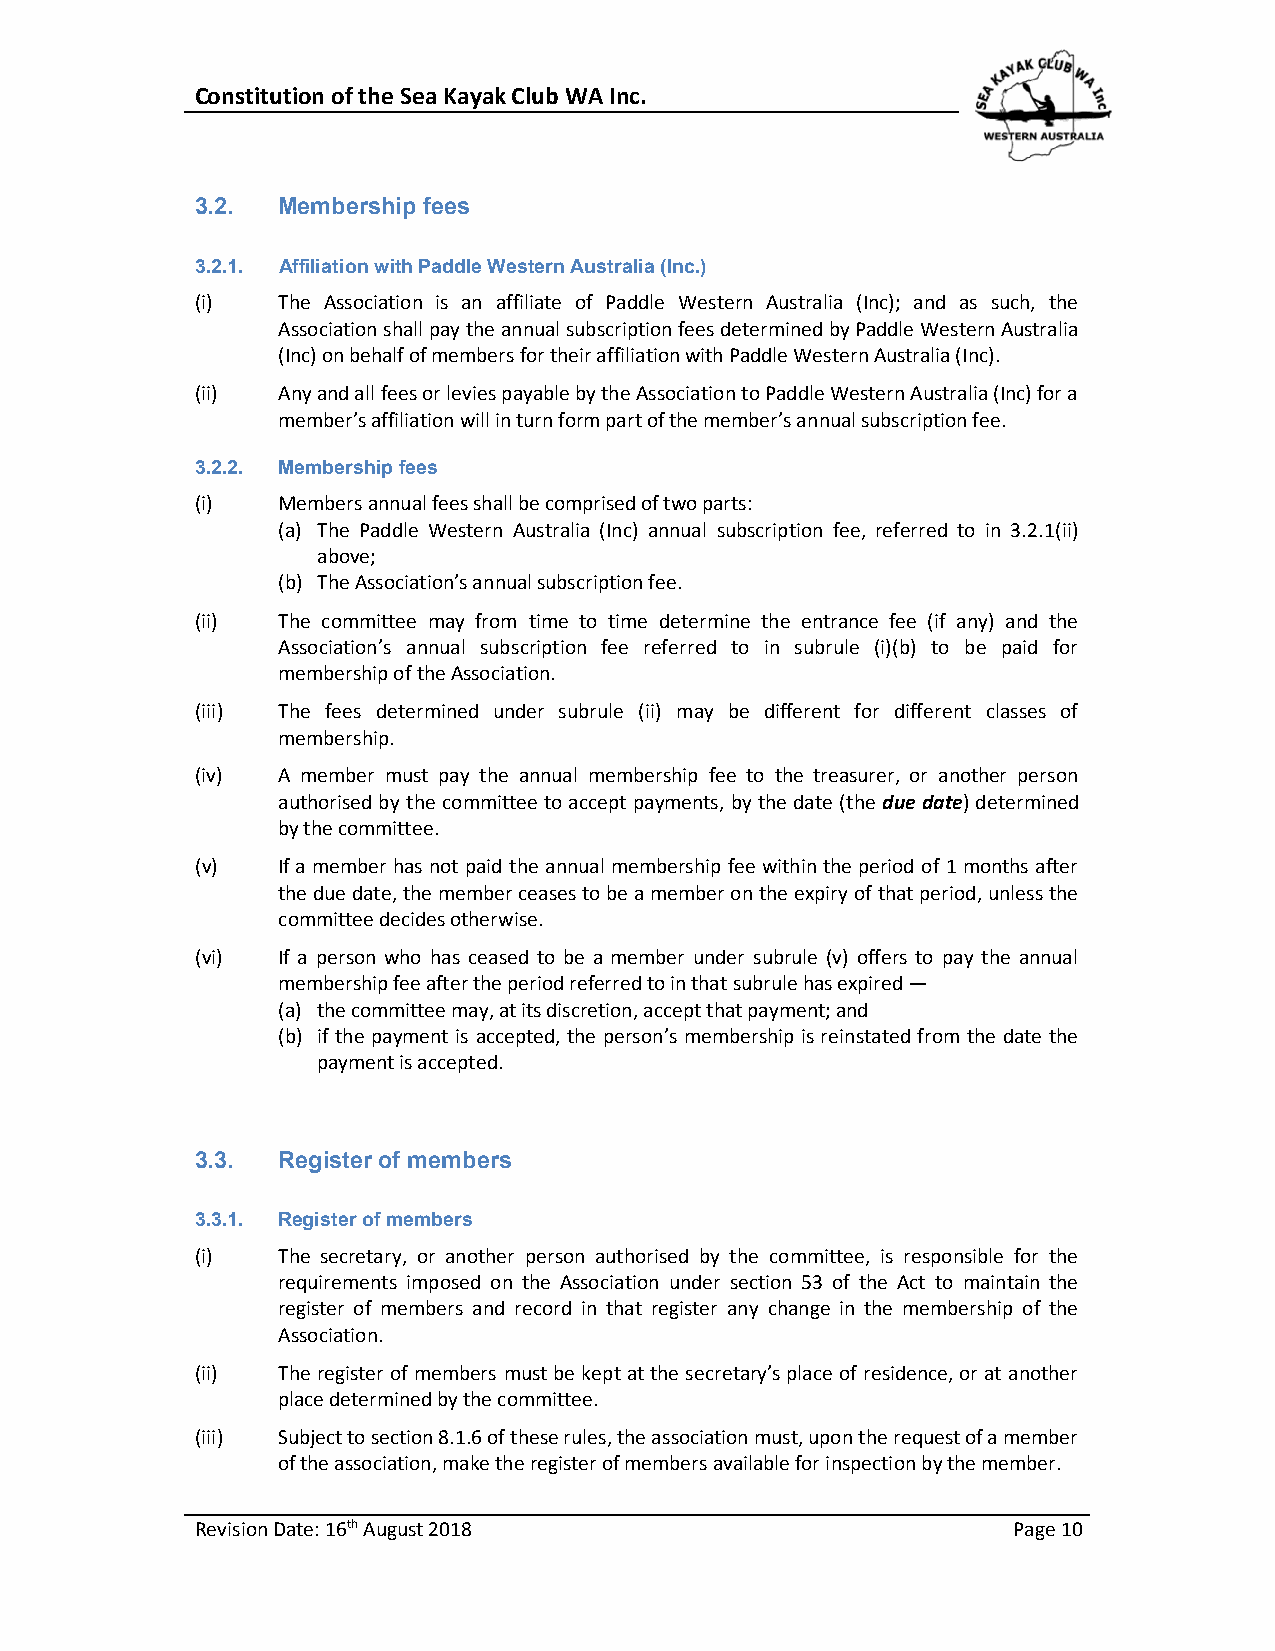
Constitution of the Sea Kayak Club WA Inc.
 3.2. Membership fees
 3.2.1. Affiliation with Paddle Western Australia (Inc.)
 (i)  The Association is an affiliate of Paddle Western Australia (Inc); and as such, the
 Association shall pay the annual subscription fees determined by Paddle Western Australia
 (Inc) on behalf of members for their affiliation with Paddle Western Australia (Inc).
 (ii) Any and all fees or levies payable by the Association to Paddle Western Australia (Inc) for a
 member’s affiliation will in turn form part of the member’s annual subscription fee.
 3.2.2. Membership fees
 (i)  Members annual fees shall be comprised of two parts:
 (a) The Paddle Western Australia (Inc) annual subscription fee, referred to in 3.2.1(ii)
 above;
 (b) The Association’s annual subscription fee.
 (ii) The committee may from time to time determine the entrance fee (if any) and the
 Association’s annual subscription fee referred to in subrule (i)(b) to be paid for
 membership of the Association.
 (iii) The fees determined under subrule (ii) may be different for different classes of
 membership.
 (iv) A member must pay the annual membership fee to the treasurer, or another person
 authorised by the committee to accept payments, by the date (the due date) determined
 by the committee.
 (v)  If a member has not paid the annual membership fee within the period of 1 months after
 the due date, the member ceases to be a member on the expiry of that period, unless the
 committee decides otherwise.
 (vi) If a person who has ceased to be a member under subrule (v) offers to pay the annual
 membership fee after the period referred to in that subrule has expired —
 (a) the committee may, at its discretion, accept that payment; and
 (b) if the payment is accepted, the person’s membership is reinstated from the date the
 payment is accepted.
 3.3. Register of members
 3.3.1. Register of members
 (i)  The secretary, or another person authorised by the committee, is responsible for the
 requirements imposed on the Association under section 53 of the Act to maintain the
 register of members and record in that register any change in the membership of the
 Association.
 (ii) The register of members must be kept at the secretary’s place of residence, or at another
 place determined by the committee.
 (iii) Subject to section 8.1.6 of these rules, the association must, upon the request of a member
 of the association, make the register of members available for inspection by the member.
 Revision Date: 16th August 2018                       Page 10